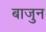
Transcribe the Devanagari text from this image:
बाजुन